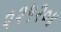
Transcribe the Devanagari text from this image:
२२५२०४